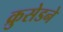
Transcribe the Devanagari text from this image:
क्रुसेडने